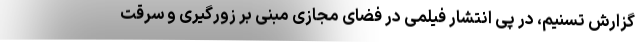
گزارش تسنیم، در پی انتشار فیلمی در فضای مجازی مبنی بر زورگیری و سرقت